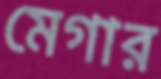
মেগার